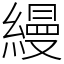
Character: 縵